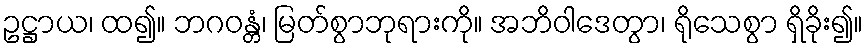
ဥဋ္ဌာယ၊ ထ၍။ ဘဂဝန္တံ၊ မြတ်စွာဘုရားကို။ အဘိဝါဒေတွာ၊ ရိုသေစွာ ရှိခိုး၍။